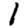
Digit: 1